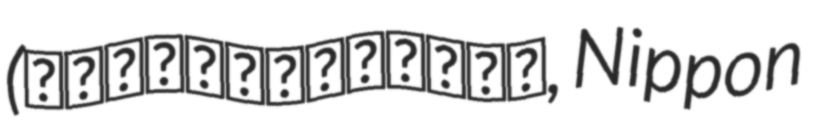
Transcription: (日本アニメーター・演出協会, Nippon